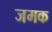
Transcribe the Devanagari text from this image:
जमक